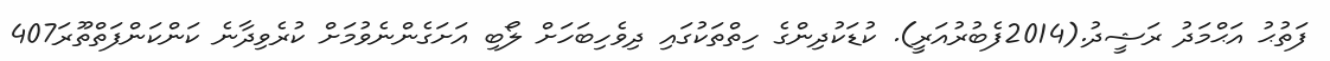
ފަތުޙު އަޙްމަދު ރަޝީދު.(2014ފެބުރުއަރީ). ކުޑަކުދިންގެ ހިތްތަކުގައި ދިވެހިބަހަށް ލޯބި އަށަގެންނެވުމަށް ކުރެވިދާނެ ކަންކަންފަތްތޫރަ407